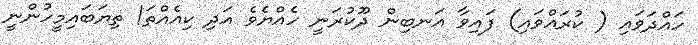
ހައްދަވައި ( ކުރައްވައި) ފައިވާ އަނބިން ދޫކުރަނީ ހެއްޔެވެ އަދި ކިއެއްތަ! ތިޔަބައިމީހުންނީ